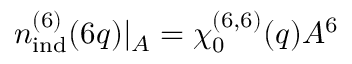
n _ { \mathrm { i n d } } ^ { ( 6 ) } ( 6 q ) | _ { A } = \chi _ { 0 } ^ { ( 6 , 6 ) } ( q ) A ^ { 6 }